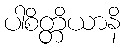
ပါစိတ္တိယာနိ